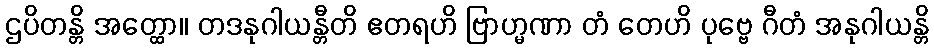
ဌပိတန္တိ အတ္ထော။ တဒနုဂါယန္တီတိ ဧတရဟိ ဗြာဟ္မဏာ တံ တေဟိ ပုဗ္ဗေ ဂီတံ အနုဂါယန္တိ